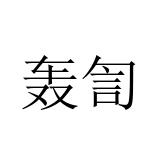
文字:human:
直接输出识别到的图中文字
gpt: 轰訇